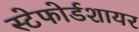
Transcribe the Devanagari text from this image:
स्टेफोर्डशायर